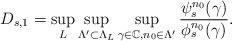
LaTeX: \begin{align*} D_{s,1}=\sup_{L}\sup_{\Lambda'\subset \Lambda_L}\sup_{\gamma\in \mathbb{C},n_0\in \Lambda'}\frac{\psi^{n_0}_s(\gamma)}{\phi^{n_0}_s(\gamma)}.\end{align*}